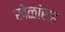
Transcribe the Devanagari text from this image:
खेळांसह